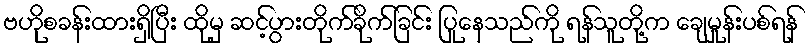
ဗဟိုစခန်းထားရှိပြီး ထိုမှ ဆင့်ပွားတိုက်ခိုက်ခြင်း ပြုနေသည်ကို ရန်သူတို့က ချေမှုန်းပစ်ရန်